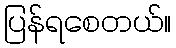
ပြန်ရစေတယ်။